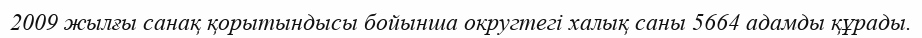
2009 жылғы санақ қорытындысы бойынша округтегі халық саны 5664 адамды құрады.